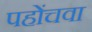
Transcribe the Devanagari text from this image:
पहोंचवा